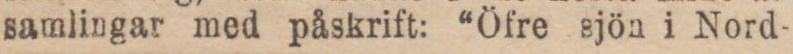
samlingar med påskrift: “Öfre sjön i Nord-